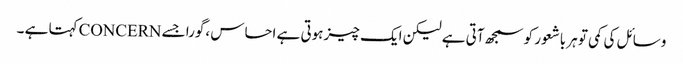
وسائل کی کمی تو ہر باشعور کو سمجھ آتی ہے لیکن ایک چیز ہوتی ہے احساس ،گورا جسے CONCERNکہتا ہے ۔